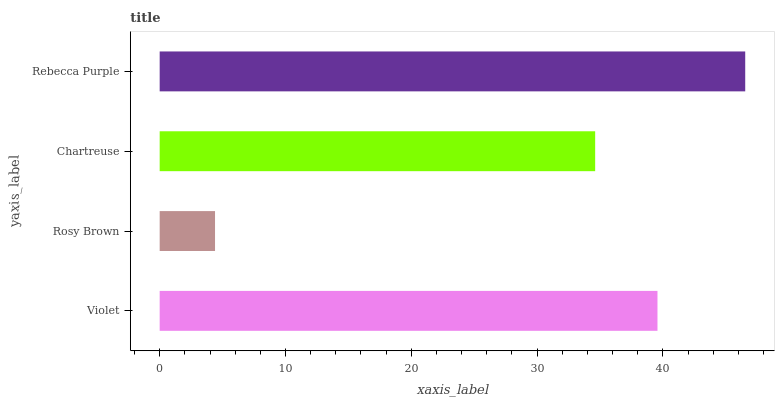
| yaxis_label | bars |
 | --- | --- |
 | Violet | 39.6 |
 | Rosy Brown | 4.4 |
 | Chartreuse | 34.6 |
 | Rebecca Purple | 46.5 |